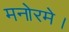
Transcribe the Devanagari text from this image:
मनोरमे।